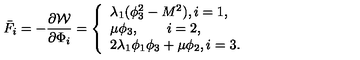
\bar { F } _ { i } = - \frac { \partial { \cal W } } { \partial \Phi _ { i } } = \left\{ \begin{array} { l } { \lambda _ { 1 } ( \phi _ { 3 } ^ { 2 } - M ^ { 2 } ) , i = 1 , } \\ { \mu \phi _ { 3 } , \qquad i = 2 , } \\ { 2 \lambda _ { 1 } \phi _ { 1 } \phi _ { 3 } + \mu \phi _ { 2 } , i = 3 . } \\ \end{array} \right.